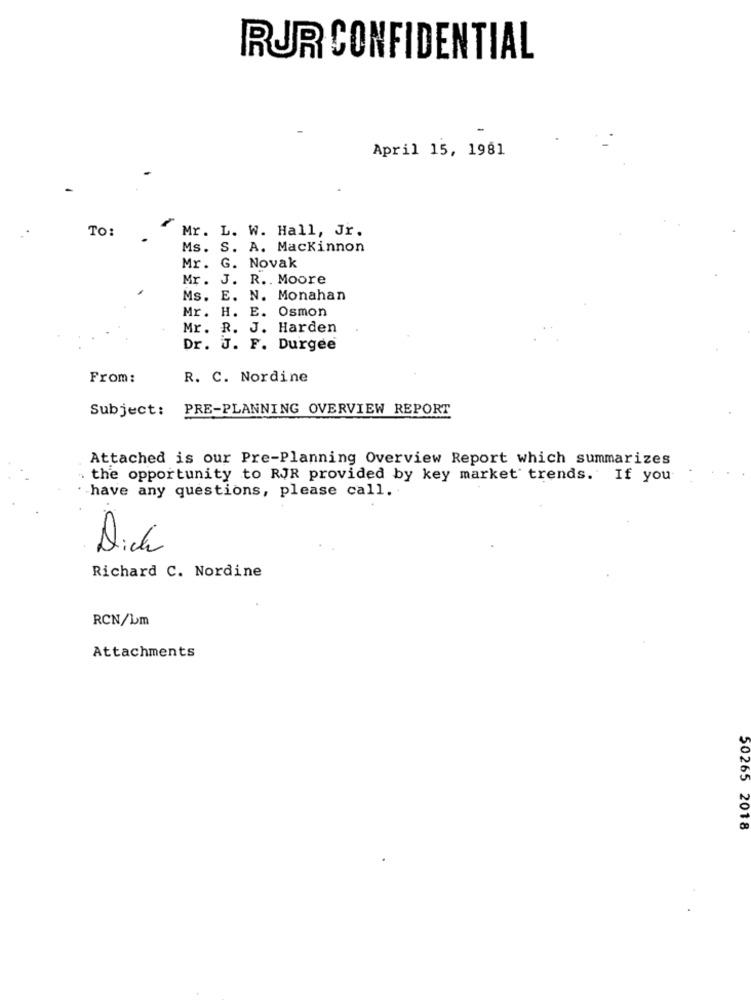
RUR CONFIDENTIAL
April 15, 1981
TO:
Mr. L. W. Hall, Jr.
Ms. S. A. Mackinnon
Mr. G. Novak
Mr. J. R .. Moore
Ms. E. N. Monahan
Mr. H. E. Osmon
Mr. R. J. Harden
Dr. J. F. Durgee
From:
R. C. Nordine
Subject:
PRE-PLANNING OVERVIEW REPORT
Attached is our Pre-Planning Overview Report which summarizes
the opportunity to RJR provided by key market trends. If you
have any questions, please call.
Dich
Richard C. Nordine
RCN/bm
Attachments
50265 2018